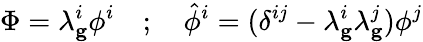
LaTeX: \Phi=\lambda_{\mathbf g}^{i}\phi^{i}\ \ \ \ ;\ \ \ \ \hat{\phi}^{i}=(\delta^{ij}-\lambda_{\mathbf g}^{i}\lambda_{\mathbf g}^{j})\phi^{j}